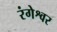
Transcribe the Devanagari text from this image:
रंगेश्वर